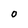
Character: O